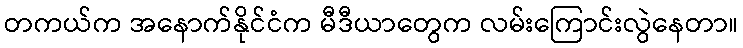
တကယ်က အနောက်နိုင်ငံက မီဒီယာတွေက လမ်းကြောင်းလွဲနေတာ။